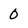
Character: 0